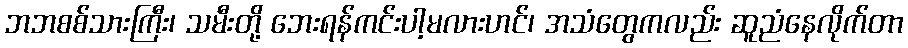
ဘဘစစ်သားကြီး၊ သမီးတို့ ဘေးရန်ကင်းပါ့မလားဟင်၊ အသံတွေကလည်း ဆူညံနေလိုက်တာ